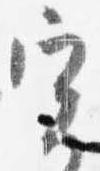
実